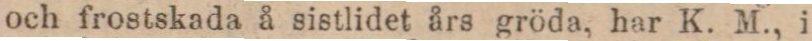
och frostskada å sistlidet års gröda, har K. M., i